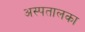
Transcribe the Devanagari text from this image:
अस्पतालका